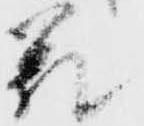
差